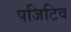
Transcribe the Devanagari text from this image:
पजिटिव